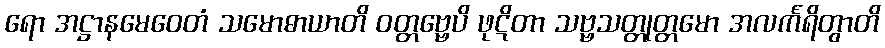
ရော အဋ္ဌာနမေဝေတံ သမောဓာယာတိ ဝတ္တဗ္ဗေပိ ဖုဋိတာ သဗ္ဗသတ္တုတ္တမော အလင်္ကရိတွာတိ